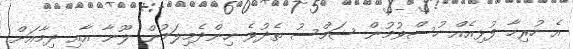
އެ ހުރިހާ ފުޅިއެއް ހުސްވުމުން ޝަމްސު ތެދުވެ ހިންދެމިލަމުން ލޫނާ އާއި ދިމާއަށް